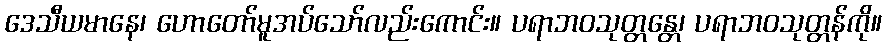
ဒေသီယမာနေ၊ ဟောတော်မူအပ်သော်လည်းကောင်း။ ပရာဘဝသုတ္တန္တေ၊ ပရာဘဝသုတ္တန်ကို။